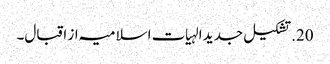
20. تشکیل جدید الہیات اسلامیہ از اقبال۔